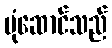
ပုံဆောင်သည်